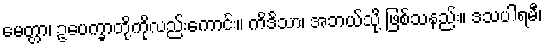
မေတ္တာ၊ ဥပေက္ခာတို့ကိုလည်းကောင်း။ ကိဒိသာ၊ အဘယ်သို့ ဖြစ်သနည်း။ ဒသပါရမီ၊